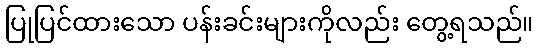
ပြုပြင်ထားသော ပန်းခင်းများကိုလည်း တွေ့ရသည်။